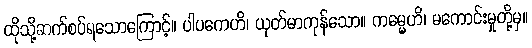
ထိုသို့ဆက်စပ်ရသောကြောင့်။ ပါပကေဟိ၊ ယုတ်မာကုန်သော။ ကမ္မေဟိ၊ မကောင်းမှုတို့မှ။